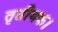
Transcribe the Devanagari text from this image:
तृतीयक।